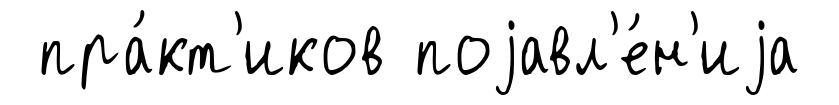
пра́кт'иков поjавл'е́н'иjа